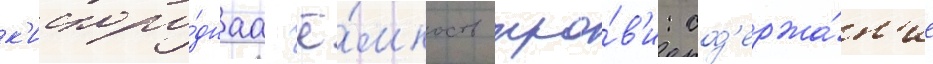
к'ислоро́днаа ё́мкость кро́в'и: сод'ержа́н'ие